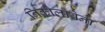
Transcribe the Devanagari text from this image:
निकोलावेना